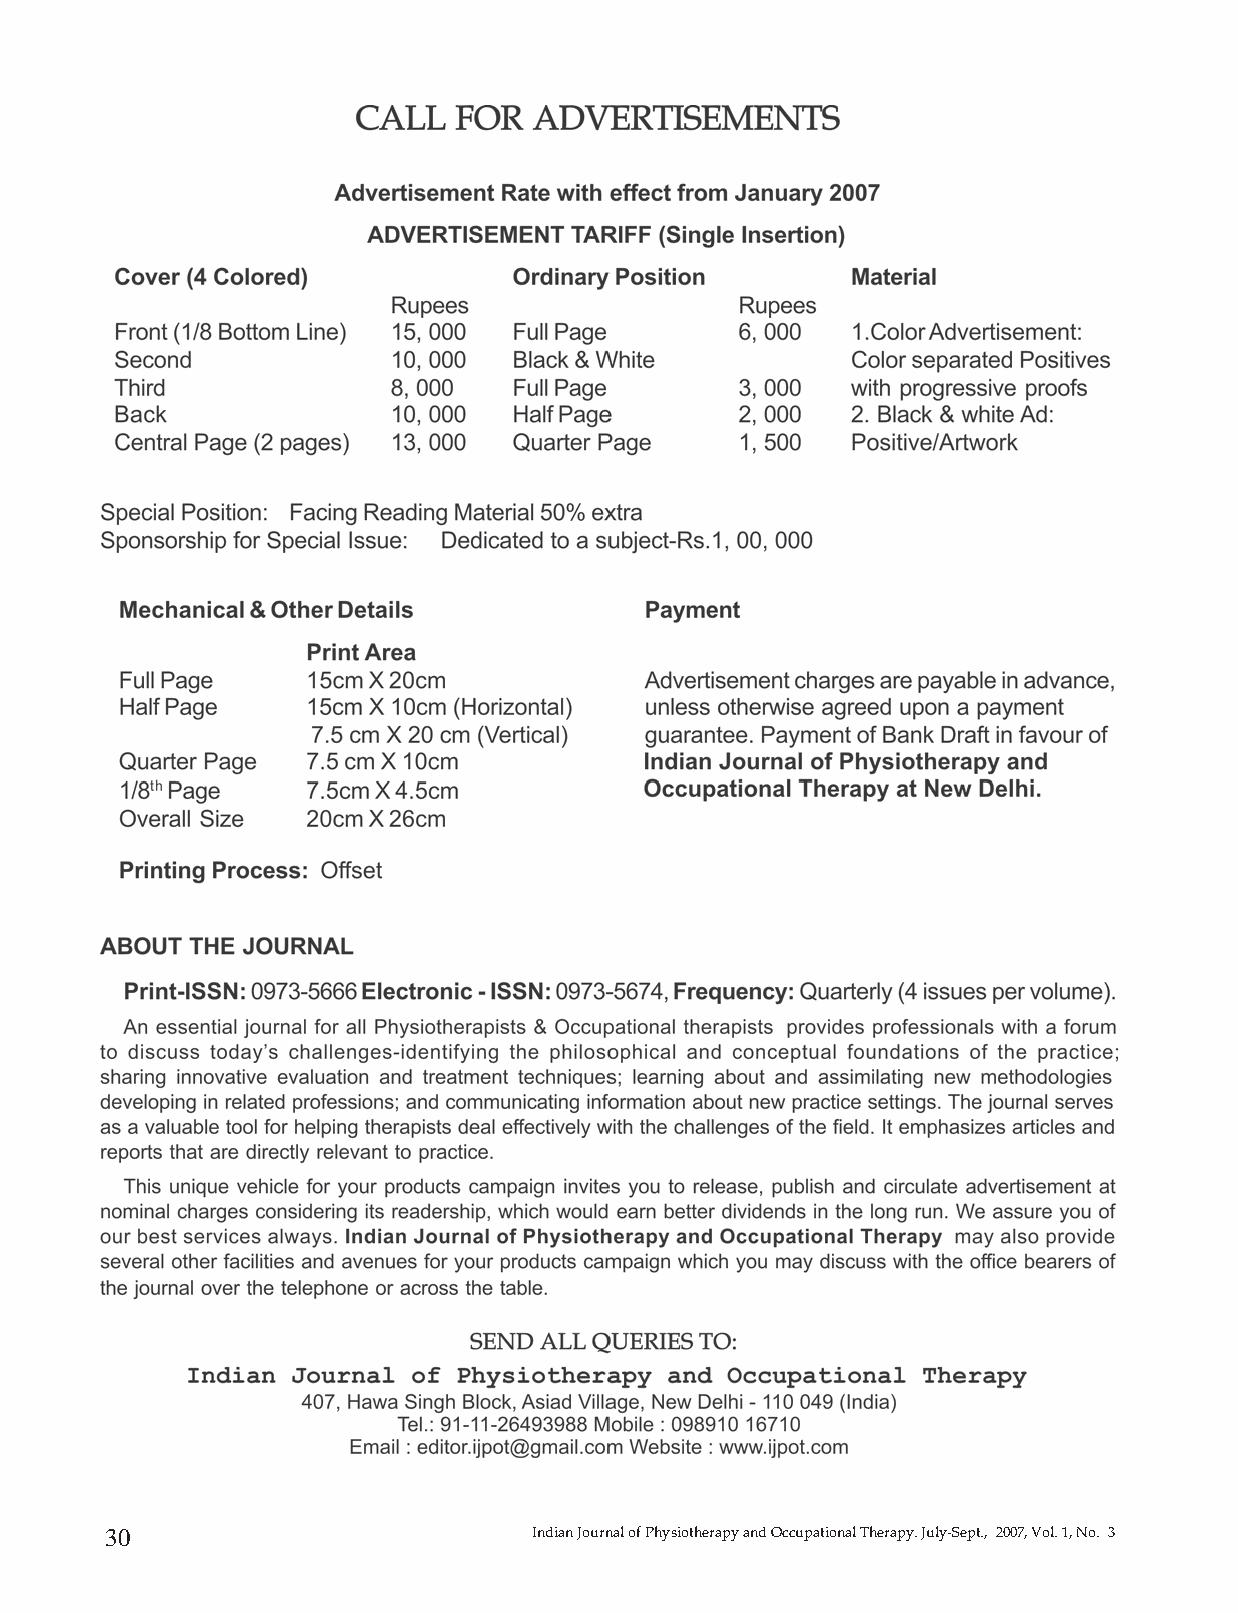
30                          Indian Journal of Physiotherapy and Occupational Therapy. July-Sept., 2007, Vol. 1, No. 3